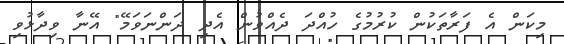
މިކަން އެ ފަރާތަކުން ކުރުމުގެ ހުއްދަ ދެއްވުން އެދި ދަންނަވަމޭ" އޭނާ ވިދާޅުވިި